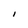
Character: I